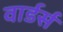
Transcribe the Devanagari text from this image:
वार्डर्स